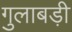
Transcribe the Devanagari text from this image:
गुलाबड़ी